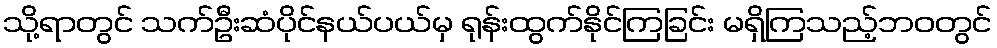
သို့ရာတွင် သက်ဦးဆံပိုင်နယ်ပယ်မှ ရုန်းထွက်နိုင်ကြခြင်း မရှိကြသည့်ဘဝတွင်